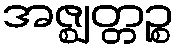
အဇ္ဈတ္တဉ္စ